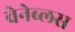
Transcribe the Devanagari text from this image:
वेनेब्लस